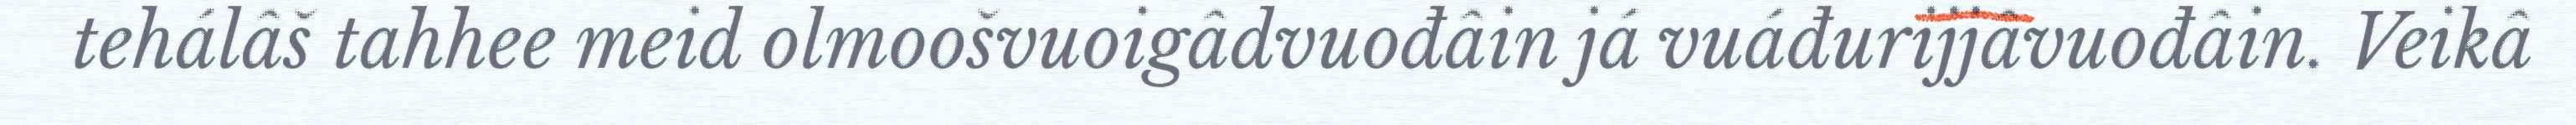
tehálâš tahhee meid olmoošvuoigâdvuođâin já vuáđurijjâvuođâin. Veikâ